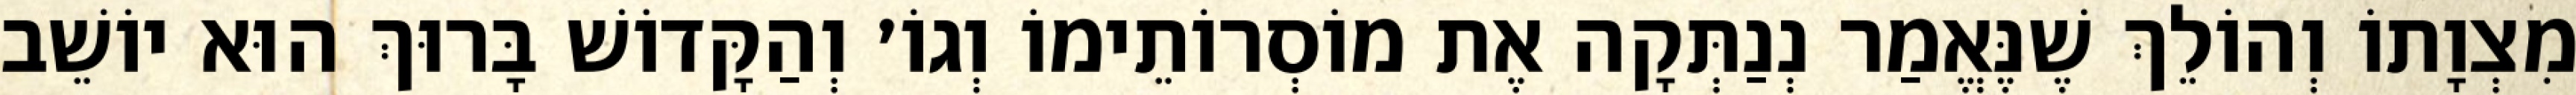
מִצְוָתוֹ וְהוֹלֵךְ שֶׁנֶּאֱמַר נְנַתְּקָה אֶת מוֹסְרוֹתֵימוֹ וְגוֹ׳ וְהַקָּדוֹשׁ בָּרוּךְ הוּא יוֹשֵׁב